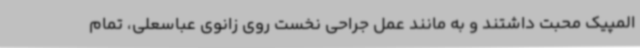
المپیک محبت داشتند و به مانند عمل جراحی نخست روی زانوی عباسعلی، تمام